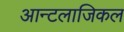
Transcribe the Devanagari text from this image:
आन्टलाजिकल